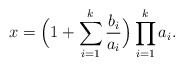
\begin{align*} x= \Bigl( 1+ \sum_{i=1}^k\frac{b_i}{a_i} \Bigr) \prod_{i=1}^k a_i .\end{align*}